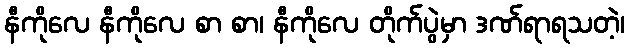
နီကိုလေ နီကိုလေ စာ စာ၊ နီကိုလေ တိုက်ပွဲမှာ ဒဏ်ရာရသတဲ့၊